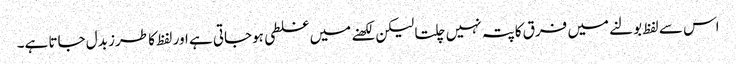
اس سے لفظ بولنے میں فرق کاپتہ نہیں چلتا لیکن لکھنے میں غلطی ہوجاتی ہے اور لفظ کا طرز بدل جاتا ہے۔